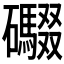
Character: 𮁘